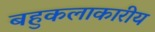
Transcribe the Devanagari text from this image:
बहुकलाकारीय